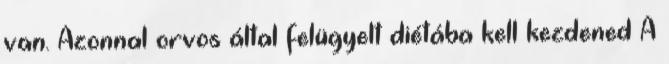
van. Azonnal orvos által felügyelt diétába kell kezdened A